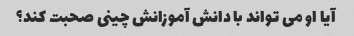
آیا او می تواند با دانش آموزانش چینی صحبت کند؟